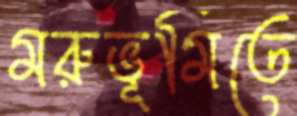
মরুভূমিতে